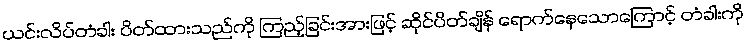
ယင်းလိပ်တံခါး ပိတ်ထားသည်ကို ကြည့်ခြင်းအားဖြင့် ဆိုင်ပိတ်ချိန် ရောက်နေသောကြောင့် တံခါးကို